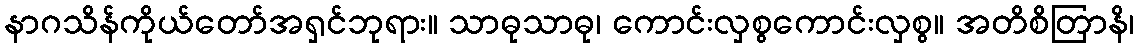
နာဂသိန်ကိုယ်တော်အရှင်ဘုရား။ သာဓုသာဓု၊ ကောင်းလှစွကောင်းလှစွ။ အတိစိတြာနိ၊